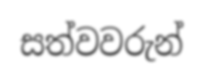
සත්වවරුන්